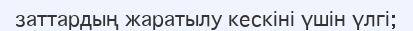
заттардың жаратылу кескіні үшін үлгі;